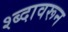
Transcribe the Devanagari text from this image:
श्ब्दावरून